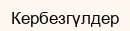
Кербезгүлдер